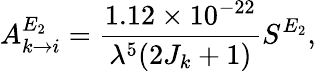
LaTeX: A_{k\rightarrow i}^{E_{2}}=\frac{1.12\times 10^{-22}}{\lambda^{5}(2J_{k}+1)}S^{E_{2}},